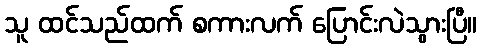
သူ ထင်သည်ထက် စကားလက် ပြောင်းလဲသွားပြီ။